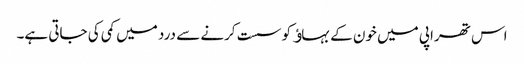
اس تھراپی میں خون کے بہاﺅ کو سست کرنے سے درد میں کمی کی جاتی ہے۔